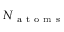
N _ { \mathrm { ~ a ~ t ~ o ~ m ~ s ~ } }